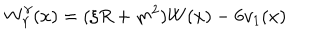
W _ { \gamma } ^ { \gamma } ( x ) = ( \xi R + m ^ { 2 } ) W ( x ) - 6 v _ { 1 } ( x )